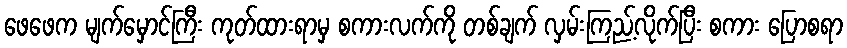
ဖေဖေက မျက်မှောင်ကြီး ကုတ်ထားရာမှ စကားလက်ကို တစ်ချက် လှမ်းကြည့်လိုက်ပြီး စကား ပြောစရာ